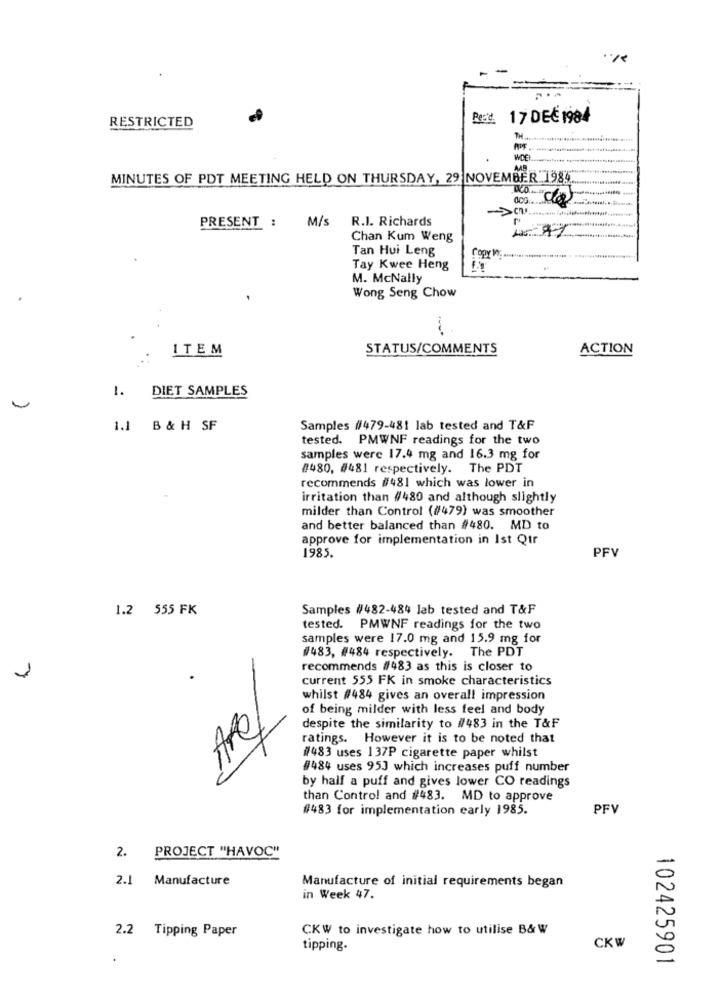
Read. 17 DEC 1984
RESTRICTED
WCE
AAB
MINUTES OF PDT MEETING HELD ON THURSDAY, 29 NOVEMBER 1985.
000
PRESENT : M/s
R.I. Richards
Chan Kum Weng
Tan Hui Leng
Tay Kwee Heng
M. McNally
Wong Seng Chow
-
ITEM
STATUS/COMMENTS
ACTION
DIET SAMPLES
1.
1.1 B & H SF
Samples #479-481 lab tested and T&F
tested. PMWNF readings for the two
samples were 17.4 mg and 16.3 mg for
#480, #481 respectively. The PDT
recommends #481 which was lower in
irritation than #480 and although slightly
milder than Control (#479) was smoother
and better balanced than #480. MD to
approve for implementation in Ist Qtr
1985.
PFV
1.2 555 FK
Samples #482-484 lab tested and T&F
tested. PMWNF readings for the two
samples were 17.0 mg and 15.9 mg for
#483, #484 respectively. The PDT
recommends #483 as this is closer to
current 555 FK in smoke characteristics
whilst #484 gives an overall impression
of being milder with less feel and body
Are
despite the similarity to #483 in the T&F
ratings. However it is to be noted that
#483 uses 137P cigarette paper whilst
#484 uses 95J which increases puff number
by half a puff and gives lower CO readings
than Control and #483. MD to approve
#483 for implementation early 1985.
PFV
PROJECT "HAVOC"
2.
2.1
Manufacture
Manufacture of initial requirements began
in Week 47.
2.2 Tipping Paper
CKW to investigate how to utilise B& W
tipping.
CKW
102425901